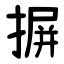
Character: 摒